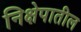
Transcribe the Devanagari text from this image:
निक्षेपातील